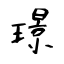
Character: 璟